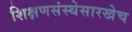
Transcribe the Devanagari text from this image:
शिक्षणसंस्थेसारखेच